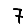
Digit: 7